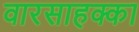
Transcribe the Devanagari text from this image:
वारसाहक्का